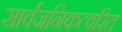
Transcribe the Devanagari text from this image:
सार्वजनिकत्वरित